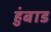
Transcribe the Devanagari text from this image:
हुंबाड